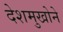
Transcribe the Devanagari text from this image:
देशमुखोने